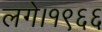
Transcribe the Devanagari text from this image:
लगे।१९६६